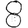
Digit: 8